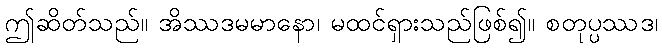
ဤဆိတ်သည်။ အိဿဒမမာနော၊ မထင်ရှားသည်ဖြစ်၍။ စတုပ္ပဿဒ၊